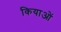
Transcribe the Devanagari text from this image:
कियाओं